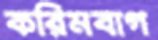
করিমবাগ